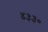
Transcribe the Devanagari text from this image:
४३३०